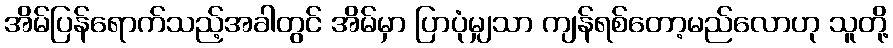
အိမ်ပြန်ရောက်သည့်အခါတွင် အိမ်မှာ ပြာပုံမျှသာ ကျန်ရစ်တော့မည်လောဟု သူတို့